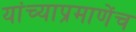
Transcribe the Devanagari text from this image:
यांच्याप्रमाणेंच